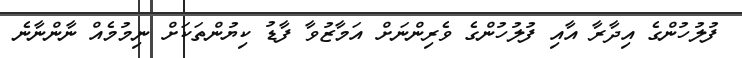
ފުލުހުންގެ އިދާރާ އާއި ފުލުހުންގެ ވެރިންނަށް އަމާޒުވާ ފާޑު ކިޔުންތަކަށް ނިމުމެއް ނާންނާނެ